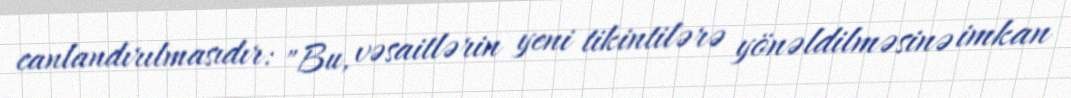
canlandırılmasıdır: "Bu, vəsaitlərin yeni tikintilərə yönəldilməsinə imkan